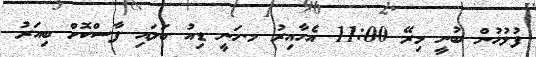
ފުލުހުން ބުނީ މިރޭ 11:00 އެހާއިރު މ.ހަނީ ޑިއު ބަލައި ފާސްކޮށް ބިއަރު